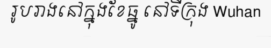
រូបរាងនៅក្នុងខែធ្នូ នៅទីក្រុង Wuhan